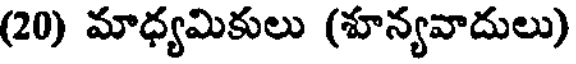
(20) మాధ్యమికులు (శూన్యవాదులు)